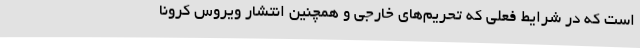
است که در شرایط فعلی که تحریم‌های خارجی و همچنین انتشار ویروس کرونا